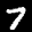
Label: 7